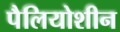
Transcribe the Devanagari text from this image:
पैलियोशीन